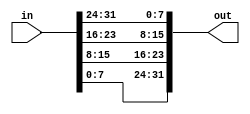
module top_module( 
    input [31:0] in,
    output [31:0] out );//

    // assign out[31:24] = ...;
    assign out[31:24] = in[7:0];
    assign out[23:16] = in[15:8];
    assign out[15:8] = in[23:16];
    assign out[7:0] = in[31:24];
    
endmodule